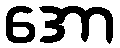
အော